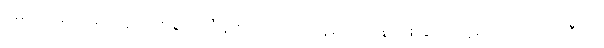
ဥမင်လမ်းထဲမှာလည်း ဗာရက်တီနဲ့ စကားပြောနေရာကနေတစ်ဆင့် နေမာက ဒိုင်လူကြီးကို